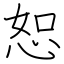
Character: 恕